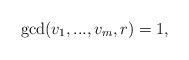
LaTeX: \begin{align*}\gcd(v_1,...,v_m,r)=1,\end{align*}